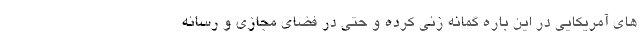
های آمریکایی در این باره گمانه زنی کرده و حتی در فضای مجازی و رسانه